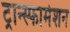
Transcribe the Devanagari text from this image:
ट्रान्स्फार्मेशन